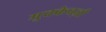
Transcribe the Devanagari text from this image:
मुक्केबज़ी